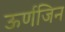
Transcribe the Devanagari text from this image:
ऊर्णजिन